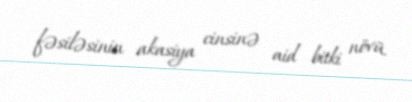
fəsiləsinin akasiya cinsinə aid bitki növü.